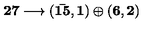
\bf 2 7 \longrightarrow ( { \bar { 1 5 } } , 1 ) \oplus ( 6 , 2 ) \,